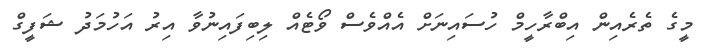
މީގެ ތެރެއިން އިބްރާހީމް ހުސައިނަށް އެއްވެސް ވޯޓެއް ލިބިފައިނުވާ އިރު އަހުމަދު ޝަފީގް